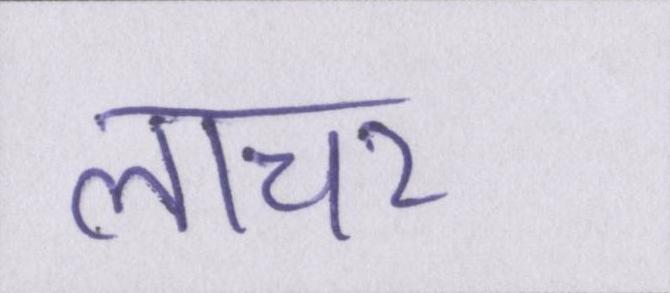
लाचर